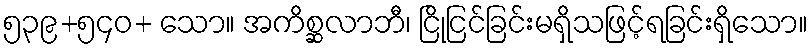
၅၃၉+၅၄၀+ သော။ အကိစ္ဆလာဘီ၊ ငြိုငြင်ခြင်းမရှိသဖြင့်ရခြင်းရှိသော။